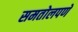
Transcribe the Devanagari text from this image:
समतोलपणे